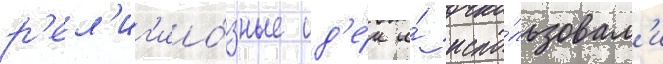
р'ел'иг'ио́зные ид'е́и и́ испо́льзовал'и